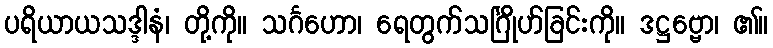
ပရိယာယသဒ္ဒါနံ၊ တို့ကို။ သင်္ဂဟော၊ ရေတွက်သင်္ဂြိုဟ်ခြင်းကို။ ဒဋ္ဌဗ္ဗော၊ ၏။